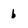
Character: b